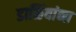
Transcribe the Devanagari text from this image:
डाळिंबांना